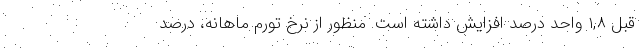
قبل ١,٨ واحد درصد افزایش داشته است. منظور از نرخ تورم ماهانه، درصد